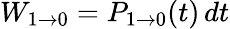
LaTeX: W_{1\rightarrow 0}=P_{1\rightarrow 0}(t)\, dt